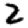
Digit: 2